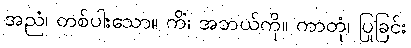
အညံ၊ တစ်ပါးသော။ ကိံ၊ အဘယ်ကို။ ကာတုံ၊ ပြုခြင်း